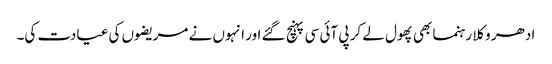
ادھر وکلا رہنما بھی پھول لے کر پی آئی سی پہنچ گئے اور انہوں نے مریضوں کی عیادت کی۔